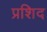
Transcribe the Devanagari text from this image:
प्रशिद